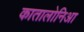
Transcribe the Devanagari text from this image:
कातालोनिआ